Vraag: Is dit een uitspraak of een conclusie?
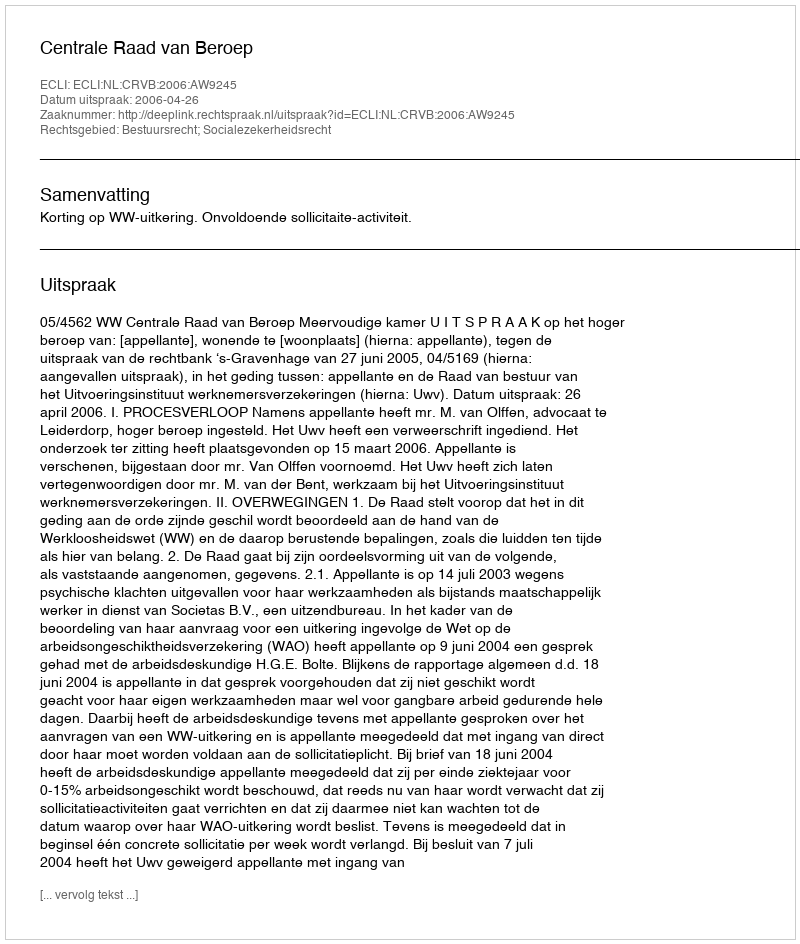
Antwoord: Uitspraak